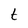
Character: t